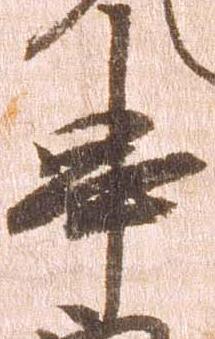
串